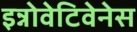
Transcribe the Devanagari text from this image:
इन्नोवेटिवेनेस